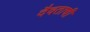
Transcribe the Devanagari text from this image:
दैवताची